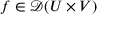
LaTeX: f \in { \mathcal { D } } ( U \times V )